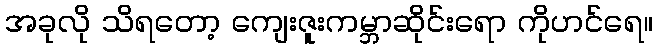
အခုလို သိရတော့ ကျေးဇူးကမ္ဘာဆိုင်းရော ကိုဟင်ရေ။